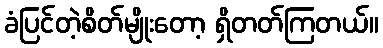
ခံပြင်တဲ့စိတ်မျိုးတော့ ရှိတတ်ကြတယ်။